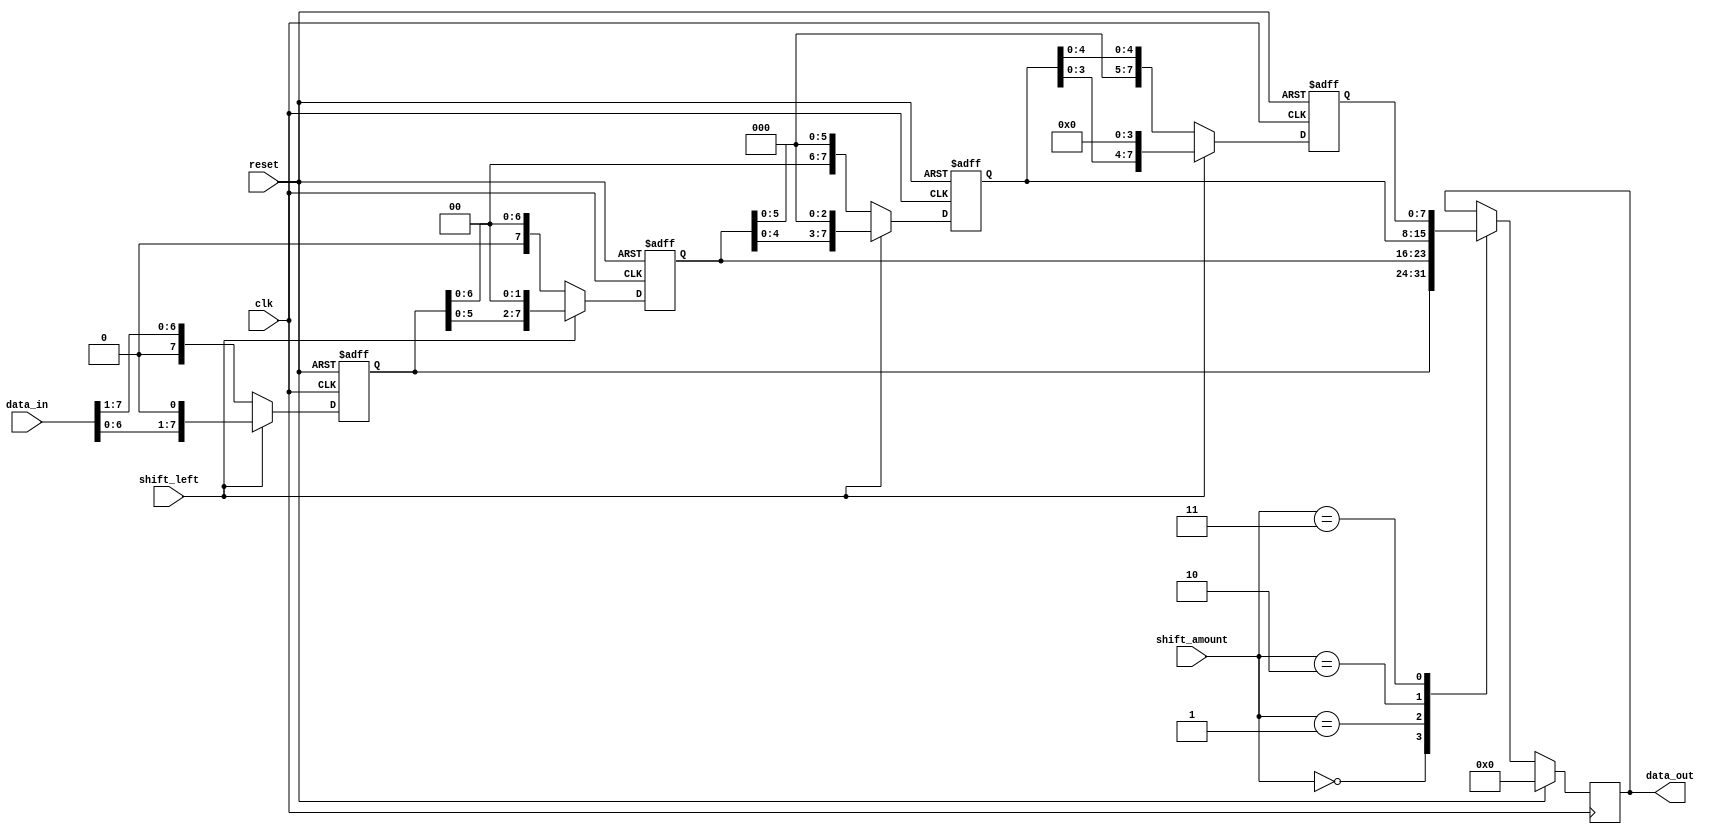
module barrel_shifter(
    input wire clk,
    input wire reset,
    input wire [7:0] data_in,
    input wire shift_left,
    input wire [2:0] shift_amount,
    output reg [7:0] data_out
);

reg [7:0] stage1_out;
reg [7:0] stage2_out;
reg [7:0] stage3_out;
reg [7:0] stage4_out;

always @(posedge clk or posedge reset) begin
    if (reset) begin
        stage1_out <= 8'b0;
        stage2_out <= 8'b0;
        stage3_out <= 8'b0;
        stage4_out <= 8'b0;
    end else begin
        if (shift_left) begin
            stage1_out <= {data_in[6:0], 1'b0};
            stage2_out <= {stage1_out[5:0], 2'b0};
            stage3_out <= {stage2_out[4:0], 3'b0};
            stage4_out <= {stage3_out[3:0], 4'b0};
        end else begin
            stage1_out <= {1'b0, data_in[7:1]};
            stage2_out <= {2'b0, stage1_out[6:0]};
            stage3_out <= {3'b0, stage2_out[5:0]};
            stage4_out <= {4'b0, stage3_out[4:0]};
        end
    end
end

always @(posedge clk) begin
    if (reset) begin
        data_out <= 8'b0;
    end else begin
        case (shift_amount)
            3'b000: data_out <= stage1_out;
            3'b001: data_out <= stage2_out;
            3'b010: data_out <= stage3_out;
            3'b011: data_out <= stage4_out;
            default: data_out <= data_out;
        endcase
    end
end

endmodule